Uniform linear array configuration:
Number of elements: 24
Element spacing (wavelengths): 0.5
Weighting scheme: hamming
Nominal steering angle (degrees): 30
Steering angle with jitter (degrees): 29.088
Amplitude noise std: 0.05
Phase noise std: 0.05

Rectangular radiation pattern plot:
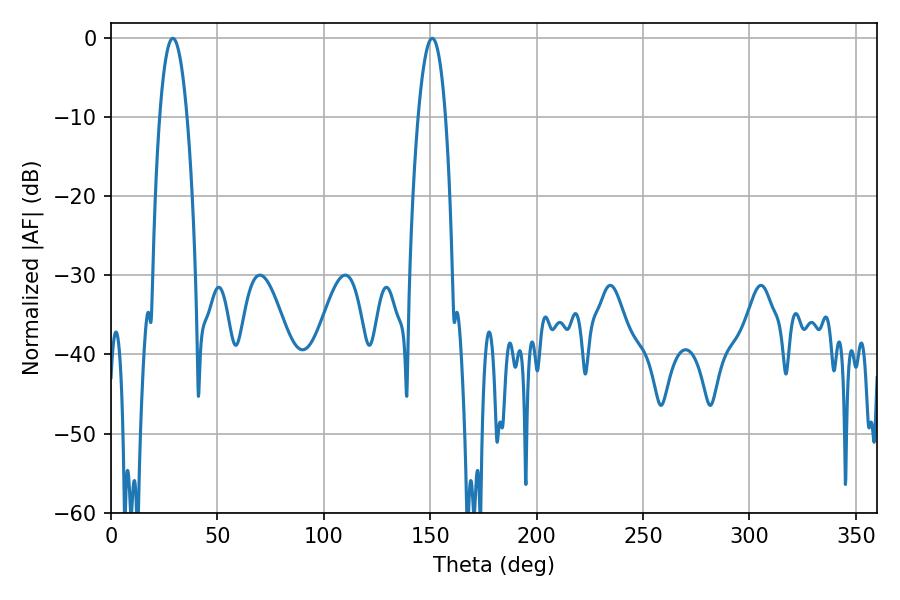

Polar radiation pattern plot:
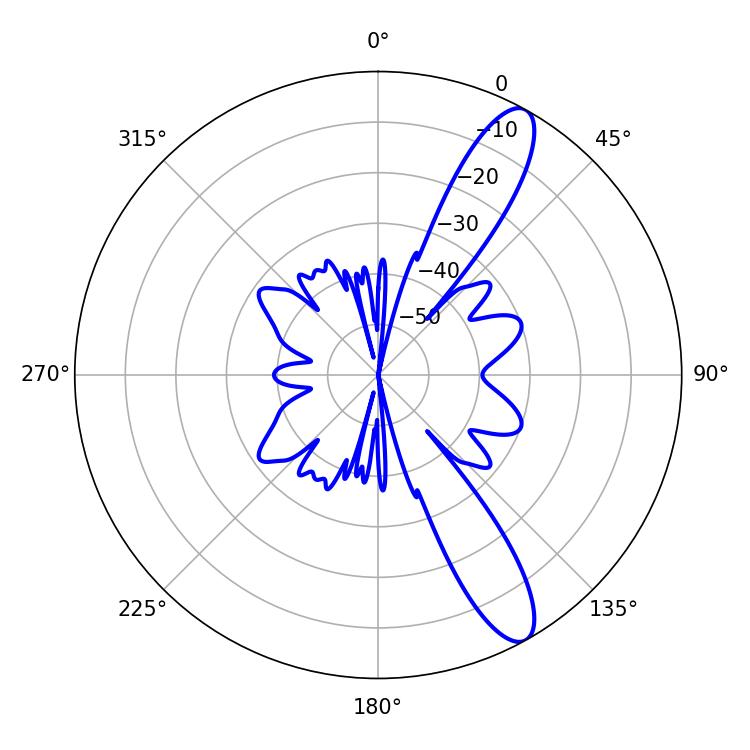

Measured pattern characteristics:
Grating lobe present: FALSE
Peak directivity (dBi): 11.863
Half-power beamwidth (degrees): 7.2
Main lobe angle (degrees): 28.98